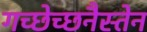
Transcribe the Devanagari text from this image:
गच्छेच्छनैस्तेन